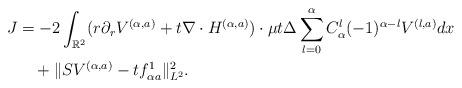
LaTeX: \begin{align*} J&=-2\int_{\mathbb{R}^2}(r\partial_rV^{(\alpha,a)}+t\nabla\cdot H^{(\alpha,a)})\cdot\mu t\Delta\sum\limits_{l=0}^{\alpha} C_\alpha^l (-1)^{\alpha-l}V^{(l, a)}dx \\&\quad+\|SV^{(\alpha,a)}-tf^1_{\alpha a}\|^2_{L^2}.\end{align*}